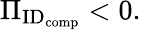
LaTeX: \Pi_{\textrm{ID}_{\textrm{comp}}}<0.